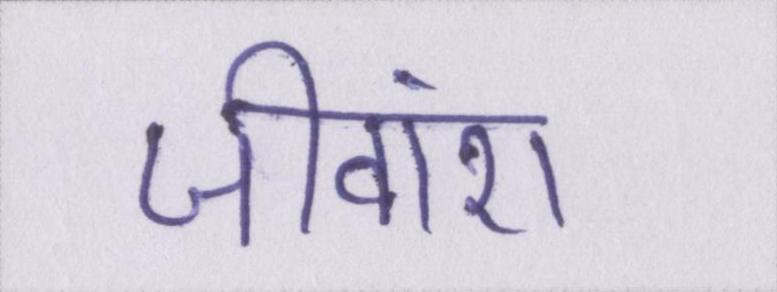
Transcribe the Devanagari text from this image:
जीवांश